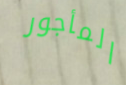
المأجور